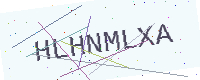
Text: HLHNMLXA